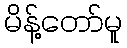
မိန့်တော်မူ